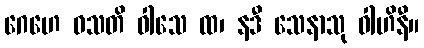
ဂေဟေ ဝသတိ ဝါသေ ထ၊ နဒီ သေနာသု ဝါဟိနီ။